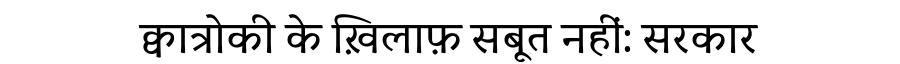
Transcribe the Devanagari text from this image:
क्वात्रोकी के ख़िलाफ़ सबूत नहीं: सरकार